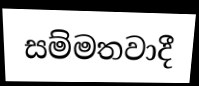
සම්මතවාදී